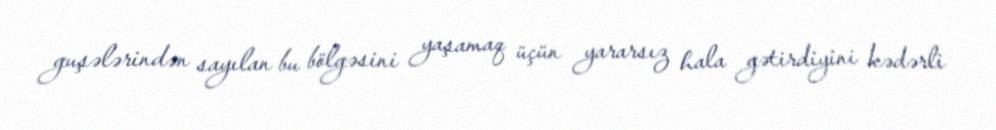
guşələrindən sayılan bu bölgəsini yaşamaq üçün yararsız hala gətirdiyini kədərli